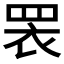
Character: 𭾱